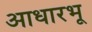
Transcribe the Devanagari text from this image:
आधारभू